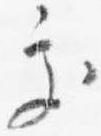
処